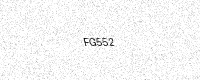
Text: FG552